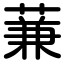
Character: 蒹